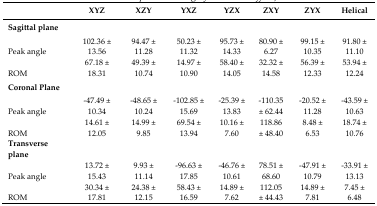
<table><thead><tr><td></td><td><b>XYZ</b></td><td><b>XZY</b></td><td><b>YXZ</b></td><td><b>YZX</b></td><td><b>ZXY</b></td><td><b>ZYX</b></td><td><b>Helical</b></td></tr></thead><tbody><tr><td><b>Sagittal plane</b></td><td></td><td></td><td></td><td></td><td></td><td></td><td></td></tr><tr><td>Peak angle</td><td>102.36 ± 13.56</td><td>94.47 ± 11.28</td><td>50.23 ± 11.32</td><td>95.73 ± 14.33</td><td>80.90 ± 6.27</td><td>99.15 ± 10.35</td><td>91.80 ± 11.10</td></tr><tr><td>ROM</td><td>67.18 ± 18.31</td><td>49.39 ± 10.74</td><td>14.97 ± 10.90</td><td>58.40 ± 14.05</td><td>32.32 ± 14.58</td><td>56.39 ± 12.33</td><td>53.94 ± 12.24</td></tr><tr><td><b>Coronal Plane</b></td><td></td><td></td><td></td><td></td><td></td><td></td><td></td></tr><tr><td>Peak angle</td><td>−47.49 ± 10.34</td><td>−48.65 ± 10.24</td><td>−102.85 ± 15.69</td><td>−25.39 ± 13.83</td><td>−110.35 ± 62.44</td><td>−20.52 ± 11.28</td><td>−43.59 ± 10.63</td></tr><tr><td>ROM</td><td>14.61 ± 12.05</td><td>14.99 ± 9.85</td><td>69.54 ± 13.94</td><td>10.16 ± 7.60</td><td>118.86 ± 48.40</td><td>8.48 ± 6.53</td><td>18.74 ± 10.76</td></tr><tr><td><b>Transverse plane</b></td><td></td><td></td><td></td><td></td><td></td><td></td><td></td></tr><tr><td>Peak angle</td><td>13.72 ± 15.43</td><td>9.93 ± 11.14</td><td>−96.63 ± 17.85</td><td>−46.76 ± 10.61</td><td>78.51 ± 68.60</td><td>−47.91 ± 10.79</td><td>−33.91 ± 13.13</td></tr><tr><td>ROM</td><td>30.34 ± 17.81</td><td>24.38 ± 12.15</td><td>58.43 ± 16.59</td><td>14.89 ± 7.62</td><td>112.05 ± 44.43</td><td>14.89 ± 7.81</td><td>7.45 ± 6.48</td></tr></tbody></table>